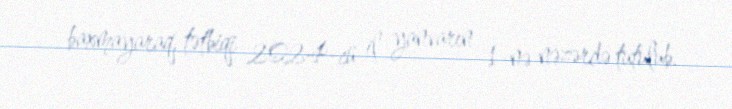
baxmayaraq, tətbiqi 2024-cü il yanvarın 1-nə nəzərdə tutulub.